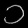
Digit: ၁